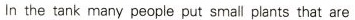
In the tank many people put small plants that are